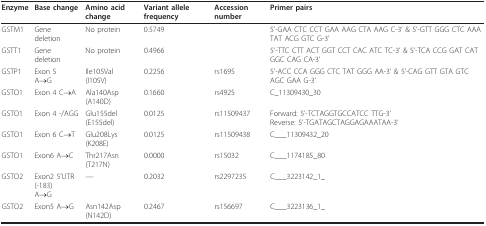
| Enzyme | Base change | Amino acid change | Variant allele frequency | Accession number | Primer pairs |
 | --- | --- | --- | --- | --- | --- |
 | GSTM1 | Gene deletion | No protein | 0.5749 |  | 5'-GAA CTC CCT GAA AAG CTA AAG C-3' & 5'-GTT GGG CTC AAA TAT ACG GTC G-3' |
 | GSTT1 | Gene deletion | No protein | 0.4966 |  | 5'-TTC CTT ACT GGT CCT CAC ATC TC-3' & 5'-TCA CCG GAT CAT GGC CAG CA-3' |
 | GSTP1 | Exon 5A→G | Ile105Val(I105V) | 0.2256 | rs1695 | 5'-ACC CCA GGG CTC TAT GGG AA-3' & 5'-CAG GTT GTA GTC AGC GAA G-3' |
 | GSTO1 | Exon 4 C→A | Ala140Asp(A140D) | 0.1660 | rs4925 | C_11309430_30 |
 | GSTO1 | Exon 4 -/AGG | Glu155del(E155del) | 0.0125 | rs11509437 | Forward: 5'-TCTAGGTGCCATCC TTG-3'Reverse: 5'-TGATAGCTAGGAGAAATAA-3' |
 | GSTO1 | Exon 6 C→T | Glu208Lys(K208E) | 0.0125 | rs11509438 | C___11309432_20 |
 | GSTO1 | Exon6 A→C | Thr217Asn(T217N) | 0.0000 | rs15032 | C___1174185_80 |
 | GSTO2 | Exon2 5'UTR(-183)A→G | --- | 0.2032 | rs2297235 | C___3223142_1_ |
 | GSTO2 | Exon5 A→G | Asn142Asp(N142D) | 0.2467 | rs156697 | C___3223136_1_ |